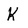
Character: K